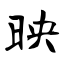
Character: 映